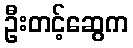
ဦးတင့်ဆွေက